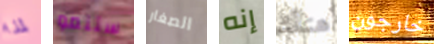
لمذا ستنمو الصغار إنه هناك خارجون